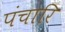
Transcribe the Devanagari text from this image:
पंचारि